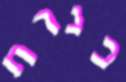
כנרת